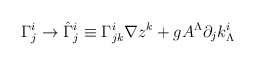
\begin{align*}\Gamma^i_j \rightarrow \hat \Gamma^i_{j}\equiv\Gamma^i_{jk} \nabla z^k +g A^\Lambda \partial_j k_\Lambda^i\end{align*}